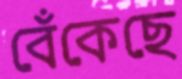
বেঁকেছে